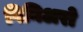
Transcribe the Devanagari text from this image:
पिनिअरो